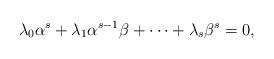
LaTeX: \begin{align*}\lambda_0 \alpha^s+\lambda_1\alpha^{s-1}\beta+\cdots +\lambda_s\beta^s=0,\end{align*}